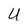
Character: U